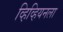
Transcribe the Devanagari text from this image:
व्हिव्हियनला